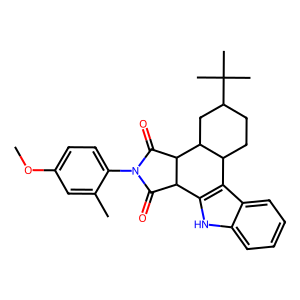
SMILES: COc1ccc(N2C(=O)C3c4[nH]c5ccccc5c4C4CCC(C(C)(C)C)CC4C3C2=O)c(C)c1
Inhibits HIV replication: No